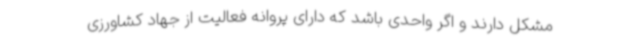
مشکل دارند و اگر واحدی باشد که دارای پروانه فعالیت از جهاد کشاورزی